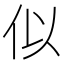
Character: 似